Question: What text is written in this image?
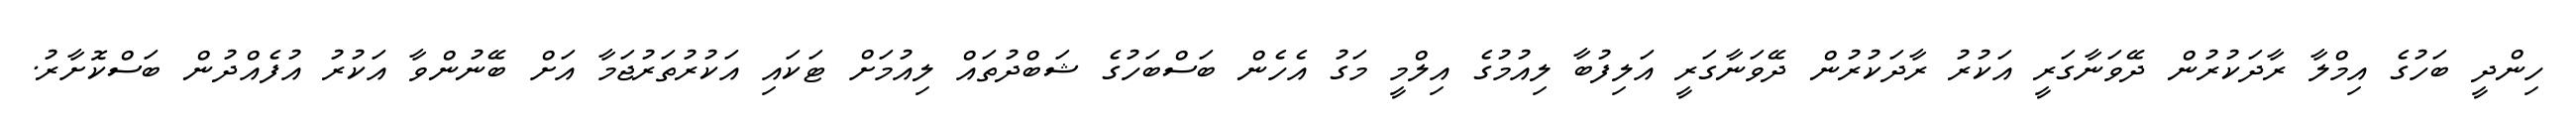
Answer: ހިންދީ ބަހުގެ އިމްލާ ރާދަކުރުން ދޭވަނާގަރީ އަކުރު ރާދަކުރުން ދޭވަނާގަރީ އަލިފުބާ ލިއުމުގެ އިލްމީ މަގު އެހެން ބަސްބަހުގެ ޝަބްދުތައް ލިއުމަށް ޓަކައި އަކުރުތަރުޖަމާ އަށް ބޭނުންވާ އަކުރު އުފެއްދުން ބަސްކޮށާރު.